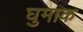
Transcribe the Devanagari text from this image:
घुमाक